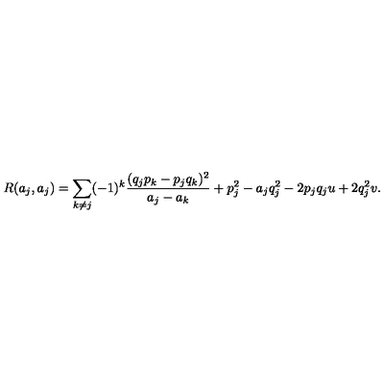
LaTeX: R ( a _ { j } , a _ { j } ) = \sum _ { k \neq j } ( - 1 ) ^ { k } { \frac { ( q _ { j } p _ { k } - p _ { j } q _ { k } ) ^ { 2 } } { a _ { j } - a _ { k } } } + p _ { j } ^ { 2 } - a _ { j } q _ { j } ^ { 2 } - 2 p _ { j } q _ { j } u + 2 q _ { j } ^ { 2 } v .